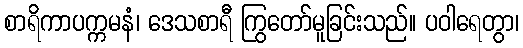
စာရိကာပက္ကမနံ၊ ဒေသစာရီ ကြွတော်မူခြင်းသည်။ ပဝါရေတွာ၊